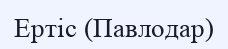
Ертіс (Павлодар)